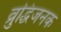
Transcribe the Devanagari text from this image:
व्रुद्धिजनक